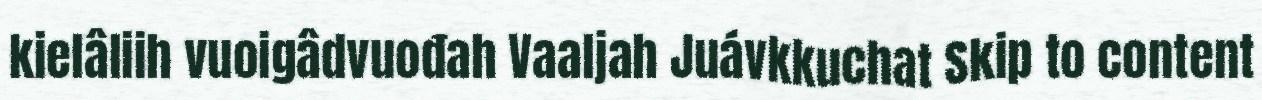
kielâliih vuoigâdvuođah Vaaljah Juávkkuchat Skip to content